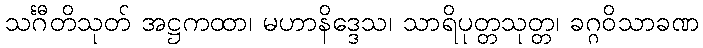
သင်္ဂီတိသုတ် အဋ္ဌကထာ၊ မဟာနိဒ္ဒေသ၊ သာရိပုတ္တသုတ္တ၊ ခဂ္ဂဝိသာခဏ